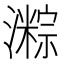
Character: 𪷯